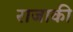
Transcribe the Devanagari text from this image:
राजाकी